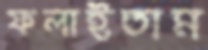
ফলাইতাম